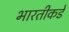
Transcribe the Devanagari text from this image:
भारतीकडे